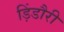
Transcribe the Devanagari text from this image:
ड़िंडौरी